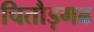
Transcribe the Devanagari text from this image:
चितौड़गढ